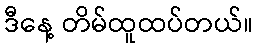
ဒီနေ့ တိမ်ထူထပ်တယ်။